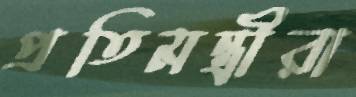
প্রতিমন্ত্রীরা